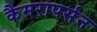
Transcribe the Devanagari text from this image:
कैमरापर्सन